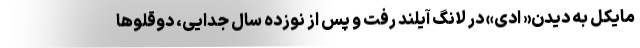
مایکل به دیدن« ادی» در لانگ آیلند رفت و پس از نوزده سال جدایی، دوقلوها